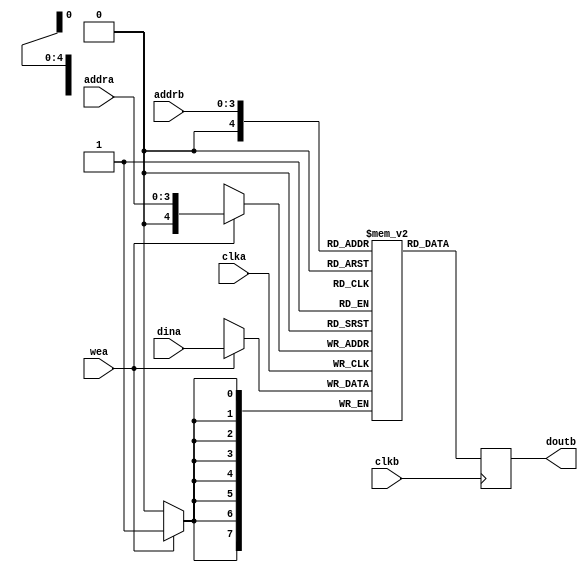
module blk_mem #(
  parameter DATA_WIDTH      = 8,
  parameter ADDRESS_WIDTH   = 4,
  parameter INC_NUM_PATTERN = 0
)(
  input                             clka,
  input                             wea,
  input   [ADDRESS_WIDTH - 1  :0]   addra,
  input   [DATA_WIDTH - 1:0]        dina,
  input                             clkb,
  input   [ADDRESS_WIDTH - 1:0]     addrb,
  output  [DATA_WIDTH - 1:0]        doutb
);

//Parameters
//Registers/Wires
reg [DATA_WIDTH - 1:0] mem [0:2 ** ADDRESS_WIDTH];
reg [DATA_WIDTH - 1:0] dout;

//Submodules
//Asynchronous Logic
assign doutb = dout;

//Synchronous Logic
//write only on the A side
`ifdef SIMULATION
integer i;
initial begin
  i = 0;
  for (i = 0; i < (2 ** ADDRESS_WIDTH); i = i + 1) begin
    if (INC_NUM_PATTERN) begin
        mem[i]  <=  i;
    end
    else begin
        //Zero Everything Out
        mem[i]  <=  0;
    end
  end
end
`endif

always @ (posedge clka)
begin
  if ( wea ) begin
     mem[addra] <= dina;
  end
end

//read only on the b side
always @ (posedge clkb)
begin
     dout <= mem[addrb];
end


endmodule